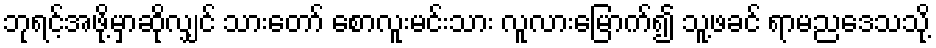
ဘုရင့်အဖို့မှာဆိုလျှင် သားတော် စောလူးမင်းသား လူလားမြောက်၍ သူ့ဖခင် ရာမညဒေသသို့